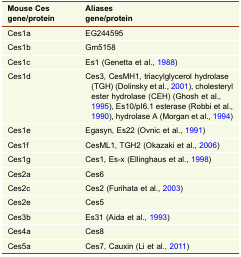
<table><thead><tr><td><b>Mouse Ces gene/protein</b></td><td><b>Aliasesgene/protein</b></td></tr></thead><tbody><tr><td>Ces1a</td><td>EG244595</td></tr><tr><td>Ces1b</td><td>Gm5158</td></tr><tr><td>Ces1c</td><td>Es1 (Genetta et al., 1988)</td></tr><tr><td>Ces1d</td><td>Ces3, CesMH1, triacylglycerol hydrolase (TGH) (Dolinsky et al., 2001), cholesteryl ester hydrolase (CEH) (Ghosh et al., 1995), Es10/pI6.1 esterase (Robbi et al., 1990), hydrolase A (Morgan et al., 1994)</td></tr><tr><td>Ces1e</td><td>Egasyn, Es22 (Ovnic et al., 1991)</td></tr><tr><td>Ces1f</td><td>CesML1, TGH2 (Okazaki et al., 2006)</td></tr><tr><td>Ces1g</td><td>Ces1, Es-x (Ellinghaus et al., 1998)</td></tr><tr><td>Ces2a</td><td>Ces6</td></tr><tr><td>Ces2c</td><td>Ces2 (Furihata et al., 2003)</td></tr><tr><td>Ces2e</td><td>Ces5</td></tr><tr><td>Ces3b</td><td>Es31 (Aida et al., 1993)</td></tr><tr><td>Ces4a</td><td>Ces8</td></tr><tr><td>Ces5a</td><td>Ces7, Cauxin (Li et al., 2011)</td></tr></tbody></table>